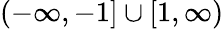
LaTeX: (-\infty,-1]\cup[1,\infty)